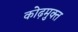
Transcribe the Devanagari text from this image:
कोढ़मुक्त